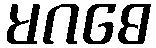
မဂဓေ